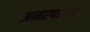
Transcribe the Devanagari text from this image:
अमरपाटन